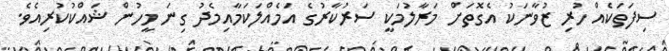
ސިފަތަކެއް ހުރި ޒުވާނަކު އެގޮތަށް މަރާލުމަކީ ސަރުކާރުގެ އަމެއްލަކަމާއިމެދު ގިނަ މީހުން ޝައްކުކުރިއެވެ.